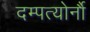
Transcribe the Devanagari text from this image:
दम्पत्योर्नौ